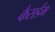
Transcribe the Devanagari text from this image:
कैसर्डम